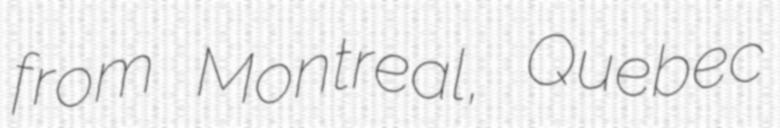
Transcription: from Montreal, Quebec